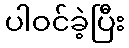
ပါဝင်ခဲ့ပြီး